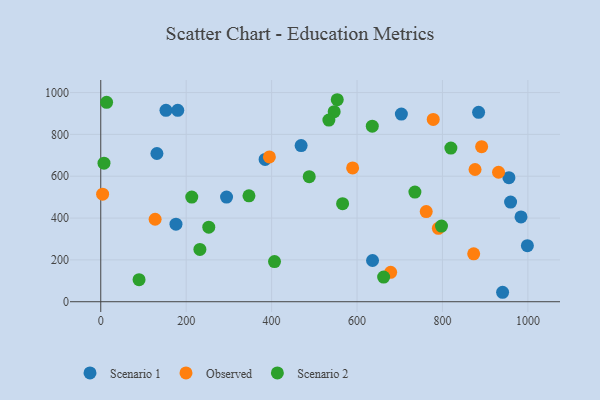
{"axis": {"x": "Engine Size", "y": "Salary"}, "legend": ["Observed", "Scenario 1", "Scenario 2"], "data": [{"x": "940.8", "y": 45.2, "type": "Scenario 1"}, {"x": "636.3", "y": 197.0, "type": "Scenario 1"}, {"x": "294.5", "y": 500.4, "type": "Scenario 1"}, {"x": "176.1", "y": 370.8, "type": "Scenario 1"}, {"x": "469.1", "y": 746.3, "type": "Scenario 1"}, {"x": "703.8", "y": 897.2, "type": "Scenario 1"}, {"x": "884.6", "y": 905.6, "type": "Scenario 1"}, {"x": "384.8", "y": 680.1, "type": "Scenario 1"}, {"x": "955.6", "y": 593.2, "type": "Scenario 1"}, {"x": "959.5", "y": 476.2, "type": "Scenario 1"}, {"x": "983.9", "y": 405.3, "type": "Scenario 1"}, {"x": "152.7", "y": 915.0, "type": "Scenario 1"}, {"x": "131.5", "y": 708.7, "type": "Scenario 1"}, {"x": "998.8", "y": 268.1, "type": "Scenario 1"}, {"x": "180.3", "y": 915.1, "type": "Scenario 1"}, {"x": "394.8", "y": 692.1, "type": "Observed"}, {"x": "891.7", "y": 741.1, "type": "Observed"}, {"x": "931.3", "y": 619.1, "type": "Observed"}, {"x": "762.0", "y": 430.9, "type": "Observed"}, {"x": "127.3", "y": 394.3, "type": "Observed"}, {"x": "678.7", "y": 140.7, "type": "Observed"}, {"x": "873.1", "y": 229.1, "type": "Observed"}, {"x": "4.4", "y": 514.3, "type": "Observed"}, {"x": "790.4", "y": 350.8, "type": "Observed"}, {"x": "876.3", "y": 632.1, "type": "Observed"}, {"x": "589.7", "y": 639.6, "type": "Observed"}, {"x": "778.4", "y": 871.7, "type": "Observed"}, {"x": "252.9", "y": 356.6, "type": "Scenario 2"}, {"x": "546.5", "y": 908.6, "type": "Scenario 2"}, {"x": "662.3", "y": 117.7, "type": "Scenario 2"}, {"x": "347.0", "y": 506.5, "type": "Scenario 2"}, {"x": "566.2", "y": 468.8, "type": "Scenario 2"}, {"x": "13.7", "y": 953.1, "type": "Scenario 2"}, {"x": "635.7", "y": 839.3, "type": "Scenario 2"}, {"x": "553.7", "y": 965.7, "type": "Scenario 2"}, {"x": "819.7", "y": 734.5, "type": "Scenario 2"}, {"x": "735.5", "y": 524.0, "type": "Scenario 2"}, {"x": "797.7", "y": 361.6, "type": "Scenario 2"}, {"x": "89.7", "y": 105.2, "type": "Scenario 2"}, {"x": "488.1", "y": 597.9, "type": "Scenario 2"}, {"x": "213.1", "y": 500.2, "type": "Scenario 2"}, {"x": "7.6", "y": 662.6, "type": "Scenario 2"}, {"x": "406.8", "y": 191.9, "type": "Scenario 2"}, {"x": "534.1", "y": 868.3, "type": "Scenario 2"}, {"x": "232.1", "y": 250.2, "type": "Scenario 2"}]}